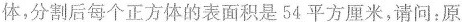
体，分割后每个正方体的表面积是54平方厘米，请问：原